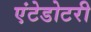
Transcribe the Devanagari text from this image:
एंटेडोटरी